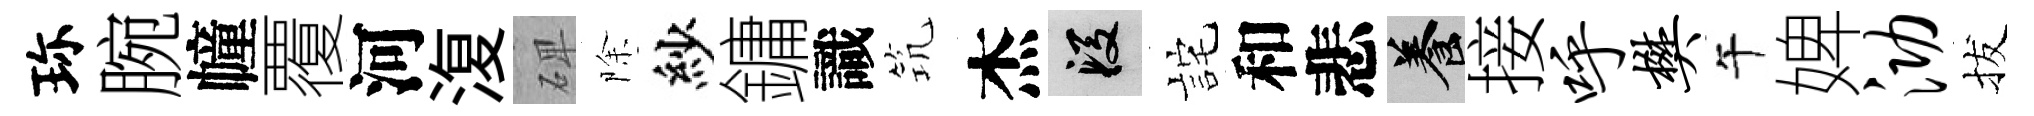
珎腕幢覆河𣸪𥓓除紗鏞識𥬑杰段詫和悲養接呼樊午婢泐拔